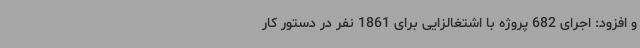
و افزود: اجرای 682 پروژه با اشتغالزایی برای 1861 نفر در دستور کار